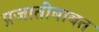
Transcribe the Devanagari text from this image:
प्रजातींबाबत